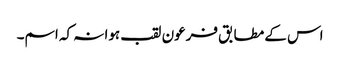
اس کے مطابق فرعون لقب ہوا نہ کہ اسم۔